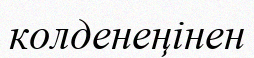
колденеңінен